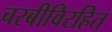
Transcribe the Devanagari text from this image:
चरबीविरहित